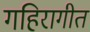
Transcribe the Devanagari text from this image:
गहिरागीत